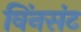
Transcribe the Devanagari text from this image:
विंनसंट